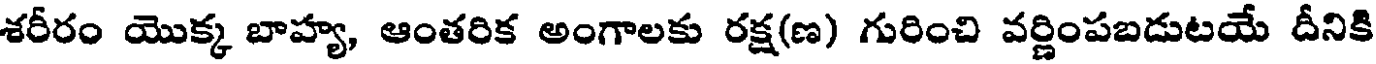
శరీరం యొక్క బాహ్య, ఆంతరిక అంగాలకు రక్ష(ణ) గురించి వర్ణింపబడుటయే దీనికి